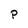
Character: P